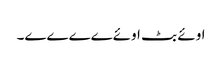
اوئے بٹ اوئےےےےے۔